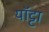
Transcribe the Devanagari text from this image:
यॉट्टा